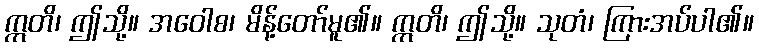
ဣတိ၊ ဤသို့။ အဝေါစ၊ မိန့်တော်မူ၏။ ဣတိ၊ ဤသို့။ သုတံ၊ ကြားအပ်ပါ၏။